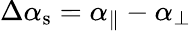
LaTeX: \Delta\alpha_{\mathrm{s}}=\alpha_{\parallel}-\alpha_{\perp}